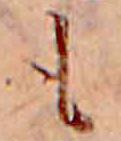
も